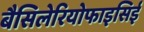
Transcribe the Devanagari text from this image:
बैसिलेरियोफाइसिई